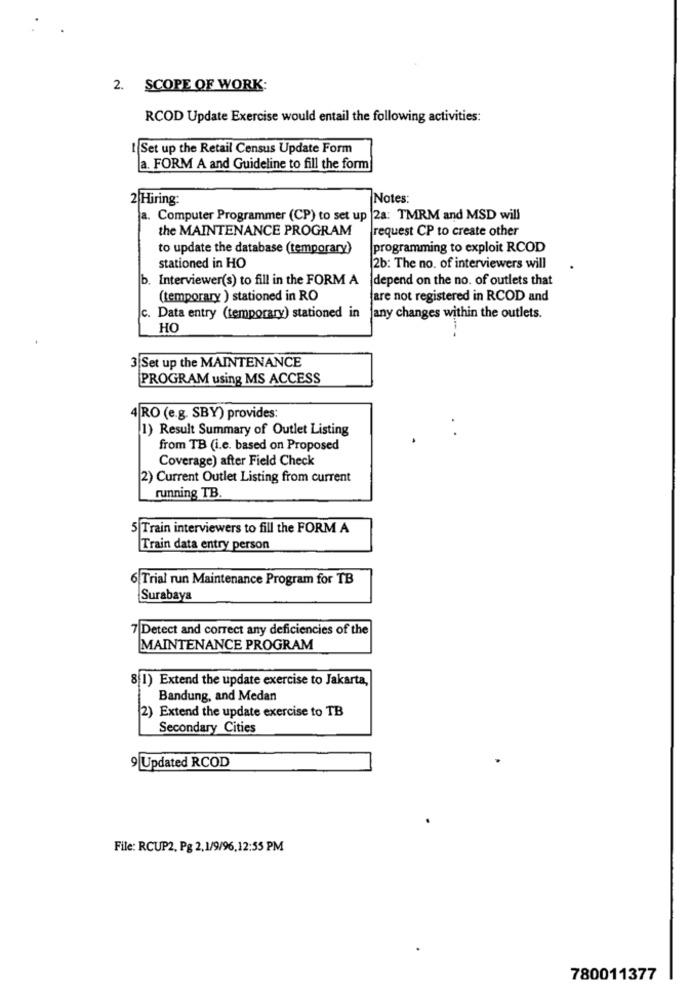
2. SCOPE OF WORK:
RCOD Update Exercise would entail the following activities:
I Set up the Retail Census Update Form
a. FORM A and Guideline to fill the form
2 Hiring:
Notes:
a. Computer Programmer (CP) to set up |2a: TMRM and MSD will
the MAINTENANCE PROGRAM
request CP to create other
to update the database (temporary)
programming to exploit RCOD
stationed in HO
2b: The no. of interviewers will
b.
Interviewer(s) to fill in the FORM A
depend on the no. of outlets that
(temporary ) stationed in RO
are not registered in RCOD and
c. Data entry (temporary) stationed in
any changes within the outlets.
HC
3 Set up the MAINTENANCE
PROGRAM using MS ACCESS
4 RO (e.g. SBY) provides:
1) Result Summary of Outlet Listing
from TB (i.e. based on Proposed
Coverage) after Field Check
2) Current Outlet Listing from current
running TB.
5 Train interviewers to fill the FORM A
Train data entry person
6 Trial run Maintenance Program for TB
Surabaya
7 Detect and correct any deficiencies of the
MAINTENANCE PROGRAM
81) Extend the update exercise to Jakarta,
Bandung, and Medan
2) Extend the update exercise to TB
Secondary Cities
9 Updated RCOD
File: RCUP2, Pg 2,1/9/96,12:55 PM
780011377